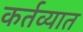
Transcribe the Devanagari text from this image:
कर्तव्यात